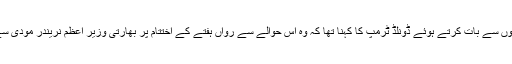
وائٹ ہاؤس میں صحافیوں سے بات کرتے ہوئے ڈونلڈ ٹرمپ کا کہنا تھا کہ وہ اس حوالے سے رواں ہفتے کے اختتام پر بھارتی وزیر اعظم نریندر مودی سے بات چیت کریں گے۔